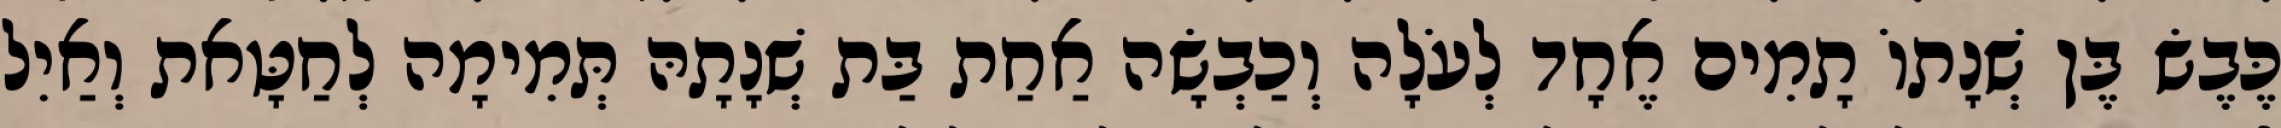
כֶּבֶשׂ בֶּן שְׁנָתוֹ תָמִים אֶחָד לְעֹלָה וְכַבְשָׂה אַחַת בַּת שְׁנָתָהּ תְּמִימָה לְחַטָּאת וְאַיִל